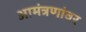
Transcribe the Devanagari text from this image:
आमंत्रणांवर